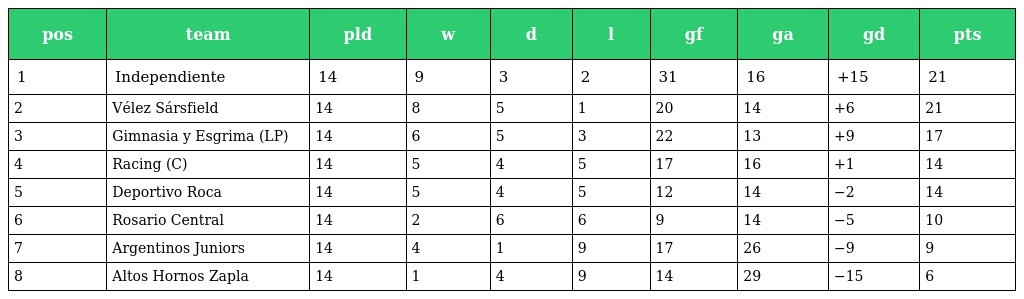
| pos | team | pld | w | d | l | gf | ga | gd | pts |
 | --- | --- | --- | --- | --- | --- | --- | --- | --- | --- |
 | 1 | Independiente | 14 | 9 | 3 | 2 | 31 | 16 | +15 | 21 |
 | 2 | Vélez Sársfield | 14 | 8 | 5 | 1 | 20 | 14 | +6 | 21 |
 | 3 | Gimnasia y Esgrima (LP) | 14 | 6 | 5 | 3 | 22 | 13 | +9 | 17 |
 | 4 | Racing (C) | 14 | 5 | 4 | 5 | 17 | 16 | +1 | 14 |
 | 5 | Deportivo Roca | 14 | 5 | 4 | 5 | 12 | 14 | −2 | 14 |
 | 6 | Rosario Central | 14 | 2 | 6 | 6 | 9 | 14 | −5 | 10 |
 | 7 | Argentinos Juniors | 14 | 4 | 1 | 9 | 17 | 26 | −9 | 9 |
 | 8 | Altos Hornos Zapla | 14 | 1 | 4 | 9 | 14 | 29 | −15 | 6 |